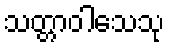
သတ္တာဝါသေသု